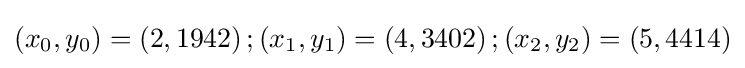
\left(x_{0},y_{0}\right)=\left(2,1942\right);\left(x_{1},y_{1}\right)=\left(4,3402\right);\left(x_{2},y_{2}\right)=\left(5,4414\right)